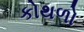
કોથળો